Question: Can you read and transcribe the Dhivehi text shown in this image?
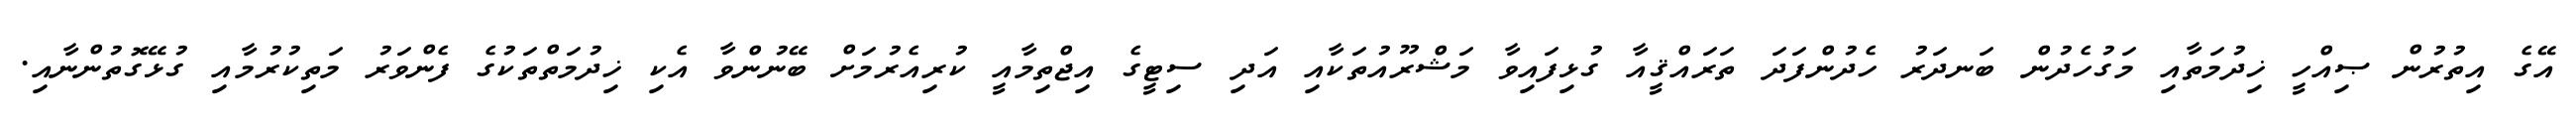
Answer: އޭގެ އިތުރުން ޞިއްހީ ޚިދުމަތާއި މަގުހެދުން ބަނދަރު ހެދުންފަދަ ތަރައްޤީއާ ގުޅިފައިވާ މަޝްރޫއުތަކާއި އަދި ސިޓީގެ އިޖްތިމާއީ ކުރިއެރުމަށް ބޭނުންވާ އެކި ޚިދުމަތްތަކުގެ ފެންވަރު މަތިކުރުމާއި ގުޅޭގޮތުންނާއި.